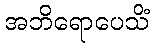
အဘိရောပေသိံ